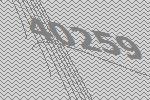
40259